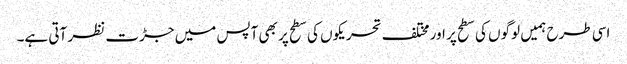
اسی طرح ہمیں لوگوں کی سطح پر اور مختلف تحریکوں کی سطح پر بھی آپس میں جڑت نظر آتی ہے۔